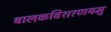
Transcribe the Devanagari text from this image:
बालकविशरणयमु